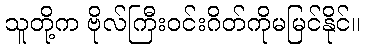
သူတို့က ဗိုလ်ကြီးဝင်းဂိတ်ကိုမမြင်နိုင်။